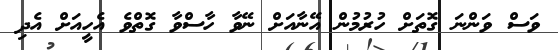
ވަސް ވަންނަ ގޮތަށް ހުރުމުން އޭނާއަށް ނޭވާ ހާސްވާ ގޮތްވެ އެހީއަށް އެދި